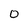
Character: O